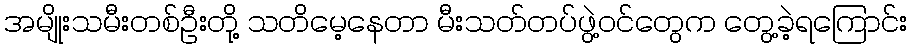
အမျိုးသမီးတစ်ဦးတို့ သတိမေ့နေတာ မီးသတ်တပ်ဖွဲ့ဝင်တွေက တွေ့ခဲ့ရကြောင်း